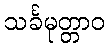
သင်္ခမုတ္တာဝ